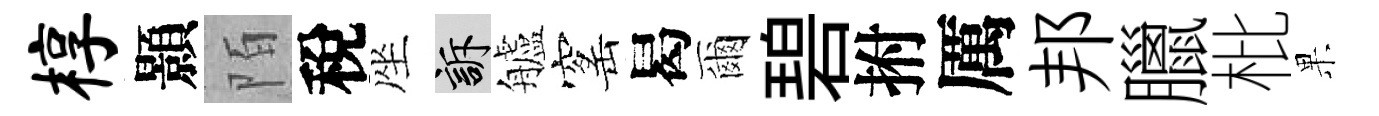
椁顥陌稅座訴艫窰曷爾碧拊厲邦臘枇果